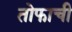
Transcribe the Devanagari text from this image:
तोफाची